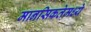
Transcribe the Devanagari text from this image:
मानसिकतेमध्ये